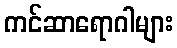
ကင်ဆာရောဂါများ